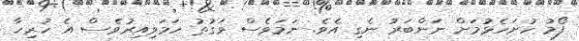
ފޯމު ހުށަހެޅުމަށް ނަންބަރު ނެގި އެވެ. ނަމަވެސް ވަގުތު ހަމަވިއިރުވެސް އެ ހުރިހާ